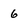
Character: 6